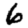
Digit: 6